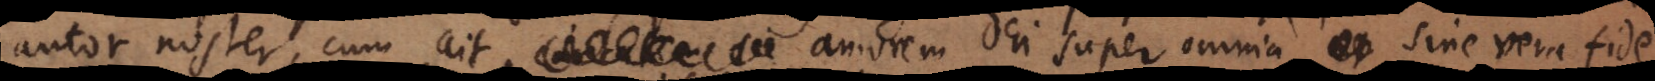
autor noster, cum ait caritatem amorem Dei super omnia sine vera fide